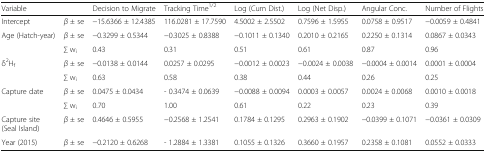
| Variable |  | Decision to Migrate | Tracking Time1/2 | Log (Cum Dist.) | Log (Net Disp.) | Angular Conc. | Number of Flights |
 | --- | --- | --- | --- | --- | --- | --- | --- |
 | Intercept | β ± se | −15.6366 ± 12.4385 | 116.0281 ± 17.7590 | 4.5002 ± 2.5502 | 0.7596 ± 1.5955 | 0.0758 ± 0.9517 | −0.0059 ± 0.4841 |
 | <ROWSPAN=2> Age (Hatch-year) | β ± se | −0.3299 ± 0.5344 | −0.3025 ± 0.8388 | −0.1011 ± 0.1340 | 0.2010 ± 0.2165 | 0.2250 ± 0.1314 | 0.0867 ± 0.0343 |
 | ∑ wi | 0.43 | 0.31 | 0.51 | 0.61 | 0.87 | 0.96 |
 | <ROWSPAN=2> δ2Hf | β ± se | −0.0138 ± 0.0144 | 0.0257 ± 0.0295 | −0.0012 ± 0.0023 | −0.0024 ± 0.0038 | −0.0004 ± 0.0014 | 0.0001 ± 0.0004 |
 | ∑ wi | 0.63 | 0.58 | 0.38 | 0.44 | 0.26 | 0.25 |
 | <ROWSPAN=2> Capture date | β ± se | 0.0475 ± 0.0434 | - 0.3474 ± 0.0639 | −0.0088 ± 0.0094 | 0.0003 ± 0.0057 | 0.0024 ± 0.0068 | 0.0010 ± 0.0018 |
 | ∑ wi | 0.70 | 1.00 | 0.61 | 0.22 | 0.23 | 0.39 |
 | Capture site (Seal Island) | β ± se | 0.4646 ± 0.5955 | −0.2568 ± 1.2541 | 0.1784 ± 0.1295 | 0.2963 ± 0.1902 | −0.0399 ± 0.1071 | −0.0361 ± 0.0309 |
 | Year (2015) | β ± se | −0.2120 ± 0.6268 | - 1.2884 ± 1.3381 | 0.1055 ± 0.1326 | 0.3660 ± 0.1957 | 0.2358 ± 0.1081 | 0.0552 ± 0.0333 |